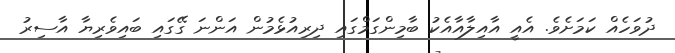
ދުވަހެއް ކަމަށެވެ. އެއީ އާއިލާއާއެކު ބާމިންގަމްގައި ދިރިއުޅެމުން އަންނަ ގޭގައި ބައިވެރިޔާ އާސިރު